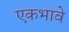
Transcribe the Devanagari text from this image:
एकभावे